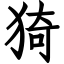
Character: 猗